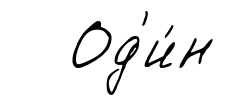
Од'и́н